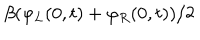
\beta ( \varphi _ { L } ( 0 , t ) + \varphi _ { R } ( 0 , t ) ) / 2